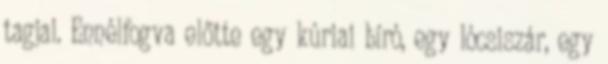
tagjai. Ennélfogva előtte egy kúriai bíró, egy lócsiszár, egy